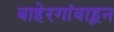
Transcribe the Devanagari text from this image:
बाहेरगांवाहून